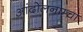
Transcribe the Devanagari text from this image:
आंदोलनाम्चा